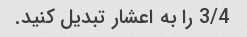
3/4 را به اعشار تبدیل کنید.